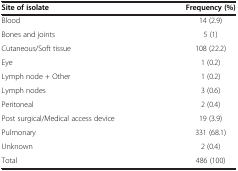
| Site of isolate | Frequency (%) |
 | --- | --- |
 | Blood | 14 (2.9) |
 | Bones and joints | 5 (1) |
 | Cutaneous/Soft tissue | 108 (22.2) |
 | Eye | 1 (0.2) |
 | Lymph node + Other | 1 (0.2) |
 | Lymph nodes | 3 (0.6) |
 | Peritoneal | 2 (0.4) |
 | Post surgical/Medical access device | 19 (3.9) |
 | Pulmonary | 331 (68.1) |
 | Unknown | 2 (0.4) |
 | Total | 486 (100) |